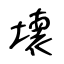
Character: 壊